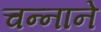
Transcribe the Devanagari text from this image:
चन्‍नाने